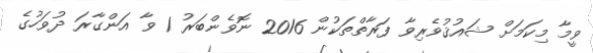
ވީމާ މިކަމަށް ޝައުޤުވެރިވާ ފަރާތްތަކުން 2016 ނޮވެންބަރު 1 ވާ އަންގާރަ ދުވަހުގެ